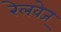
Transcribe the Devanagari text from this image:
रेलवेज्